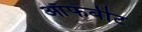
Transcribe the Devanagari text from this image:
ऑफबीट